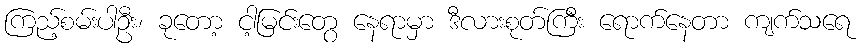
ကြည့်စမ်းပါဦး၊ ခုတော့ ငါ့မြင်းတွေ နေရာမှာ ဒီလားစုတ်ကြီး ရောက်နေတာ ကျက်သရေ